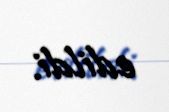
edildi.